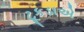
ટૂકડાએ